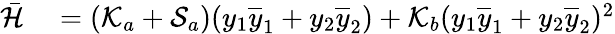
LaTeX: \begin{array}{rl}{\bar{\mathcal{H}}}&{{}=\left(\mathcal{K}_{a}+\mathcal{S}_{a}\right)(y_{1}\overline{{y}}_{1}+y_{2}\overline{{y}}_{2})+\mathcal{K}_{b}(y_{1}\overline{{y}}_{1}+y_{2}\overline{{y}}_{2})^{2}}\end{array}